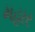
મહાર